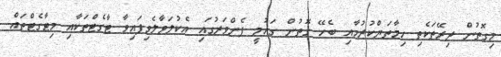
މިގޮތުން ދިރޭތަކެތި ހިމާތަޔްކުރުމާއި ބެހޭ ގޮތުން ގައުމީ ފެންވަރުގައި އެކުލަވާލެވިފައިވާ ޓާގެޓްތަކާއި މިޓާގެޓްތައް